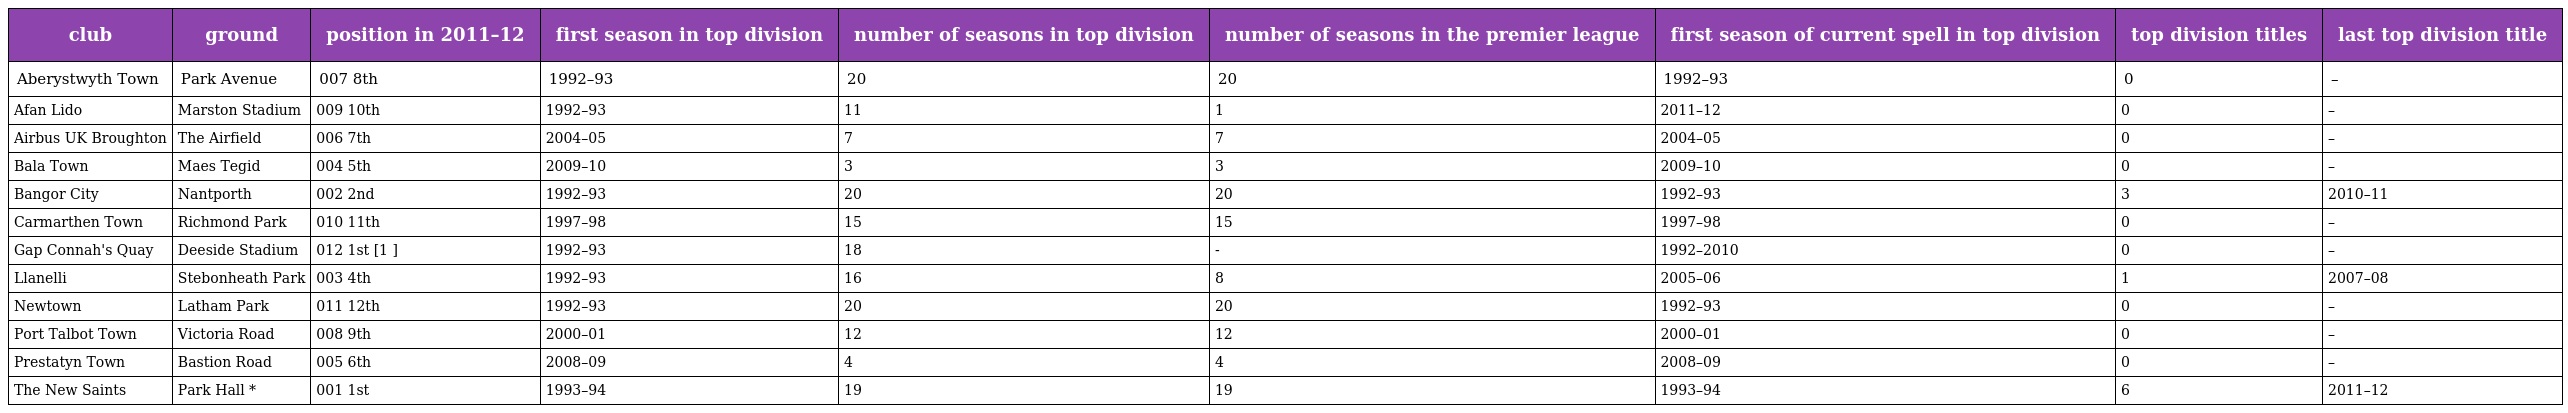
| club | ground | position in 2011–12 | first season in top division | number of seasons in top division | number of seasons in the premier league | first season of current spell in top division | top division titles | last top division title |
 | --- | --- | --- | --- | --- | --- | --- | --- | --- |
 | Aberystwyth Town | Park Avenue | 007 8th | 1992–93 | 20 | 20 | 1992–93 | 0 | – |
 | Afan Lido | Marston Stadium | 009 10th | 1992–93 | 11 | 1 | 2011–12 | 0 | – |
 | Airbus UK Broughton | The Airfield | 006 7th | 2004–05 | 7 | 7 | 2004–05 | 0 | – |
 | Bala Town | Maes Tegid | 004 5th | 2009–10 | 3 | 3 | 2009–10 | 0 | – |
 | Bangor City | Nantporth | 002 2nd | 1992–93 | 20 | 20 | 1992–93 | 3 | 2010–11 |
 | Carmarthen Town | Richmond Park | 010 11th | 1997–98 | 15 | 15 | 1997–98 | 0 | – |
 | Gap Connah's Quay | Deeside Stadium | 012 1st [1 ] | 1992–93 | 18 | - | 1992–2010 | 0 | – |
 | Llanelli | Stebonheath Park | 003 4th | 1992–93 | 16 | 8 | 2005–06 | 1 | 2007–08 |
 | Newtown | Latham Park | 011 12th | 1992–93 | 20 | 20 | 1992–93 | 0 | – |
 | Port Talbot Town | Victoria Road | 008 9th | 2000–01 | 12 | 12 | 2000–01 | 0 | – |
 | Prestatyn Town | Bastion Road | 005 6th | 2008–09 | 4 | 4 | 2008–09 | 0 | – |
 | The New Saints | Park Hall * | 001 1st | 1993–94 | 19 | 19 | 1993–94 | 6 | 2011–12 |